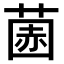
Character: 𫈽